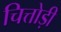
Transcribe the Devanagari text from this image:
चित्तोड़ी